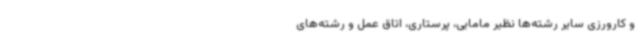
و کارورزی سایر رشته‌ها نظیر مامایی، پرستاری، اتاق عمل و رشته‌های